Civil Veterinary Dept. Assam report 1927-50 - 1927-1950
Year: 1927
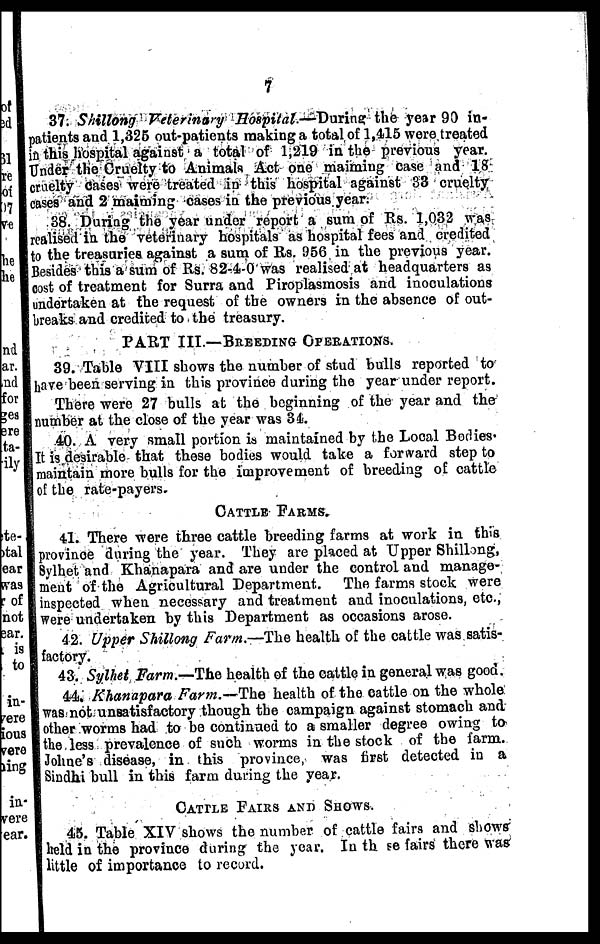
7
37. Shillong Veterinary Hospital.—During the year 99 in-
patients and 1,325 out-patients making a total of 1,415 were treated
in this hospital against a total of 1,219 in the previous year.
Under the Cruelty to Animals Act one maiming case and 18
curelty cases were treated in this hospital against 33 cruelty
cases and 2 maiming cases in the previous year.
88. During the year under report a sum of Rs. 1,032 was
realised in the veterinary hospitals as hospital fees and credited
to the treasuries against a sum of Rs. 956 in the previous year.
Besides this a sum of Rs. 82-4-0 was realised at headquarters as
cost of treatment for Surra and Piroplasmosis and inoculations
undertaken at the request of the owners in the absence of out-
wreaks and credited to the treasury.
PART III.—BREEDING OPERATIONS.
39. Table VIII shows the number of stud hulls reported to
have been serving in this province during the year under report.
There were 27 bulls at the beginning of the year and the
number at the close of the year was 31.
40. A very small portion is maintained by the Local Bodies.
It is desirable that these bodies would take a forward step to
maintain more bulls for the improvement of breeding of cattle
of the rate-payers.
CATTLE FARMS.
41. There were three cattle breeding farms at work in this
province during the year. They are placed at Upper Shillong,
Sylhet and Khanapara and are under the control and manage-
ment of the Agricultural Department. The farms stock were
inspected when necessary and treatment and inoculations, etc.,
wore undertaken by this Department as occasions arose.
42. Upper Shillong Farm.—The health of the cattle was satis-
factory.
43. Sylhet Farm.—The health of the cattle in general was good.
41. Khanapara Farm.—The health of the cattle on the whole
was not unsatisfactory though the campaign against stomach and
other worms had to bo continued to a smaller degree owing to
the less prevalence of such worms in the stock of the farm.
Johne's disease, in this province, was first detected in a
Sindhi bull in this farm during the year.
CATTLE FAIRS AND SHOWS.
45. Table XIV shows the number of cattle fairs and shows
held in the province during the year. In th se fairs there was
little of importance to record.